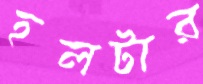
হলটার